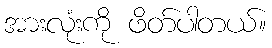
အားလုံးကို ဖိတ်ပါတယ်။